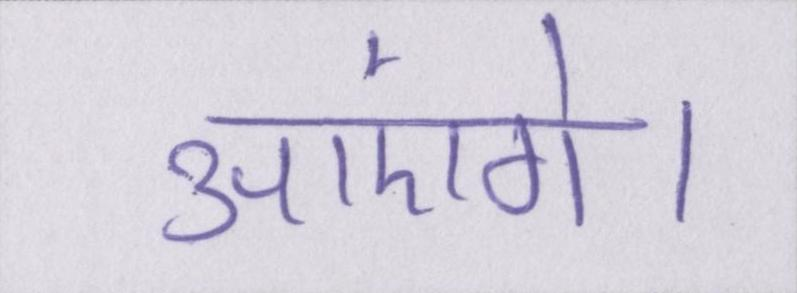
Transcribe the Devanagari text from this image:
आएंगे।